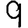
Digit: 9